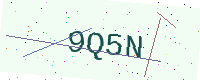
Text: 9Q5N